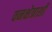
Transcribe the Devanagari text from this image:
वनक्षेत्राशी